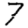
Digit: 7